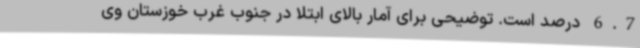
6.7 درصد است. توضیحی برای آمار بالای ابتلا در جنوب غرب خوزستان وی